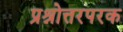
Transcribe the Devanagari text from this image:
प्रश्नोत्तरपरक